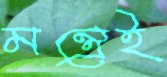
মন্ত্রেই